Rae_vallavalitsus, lk 73
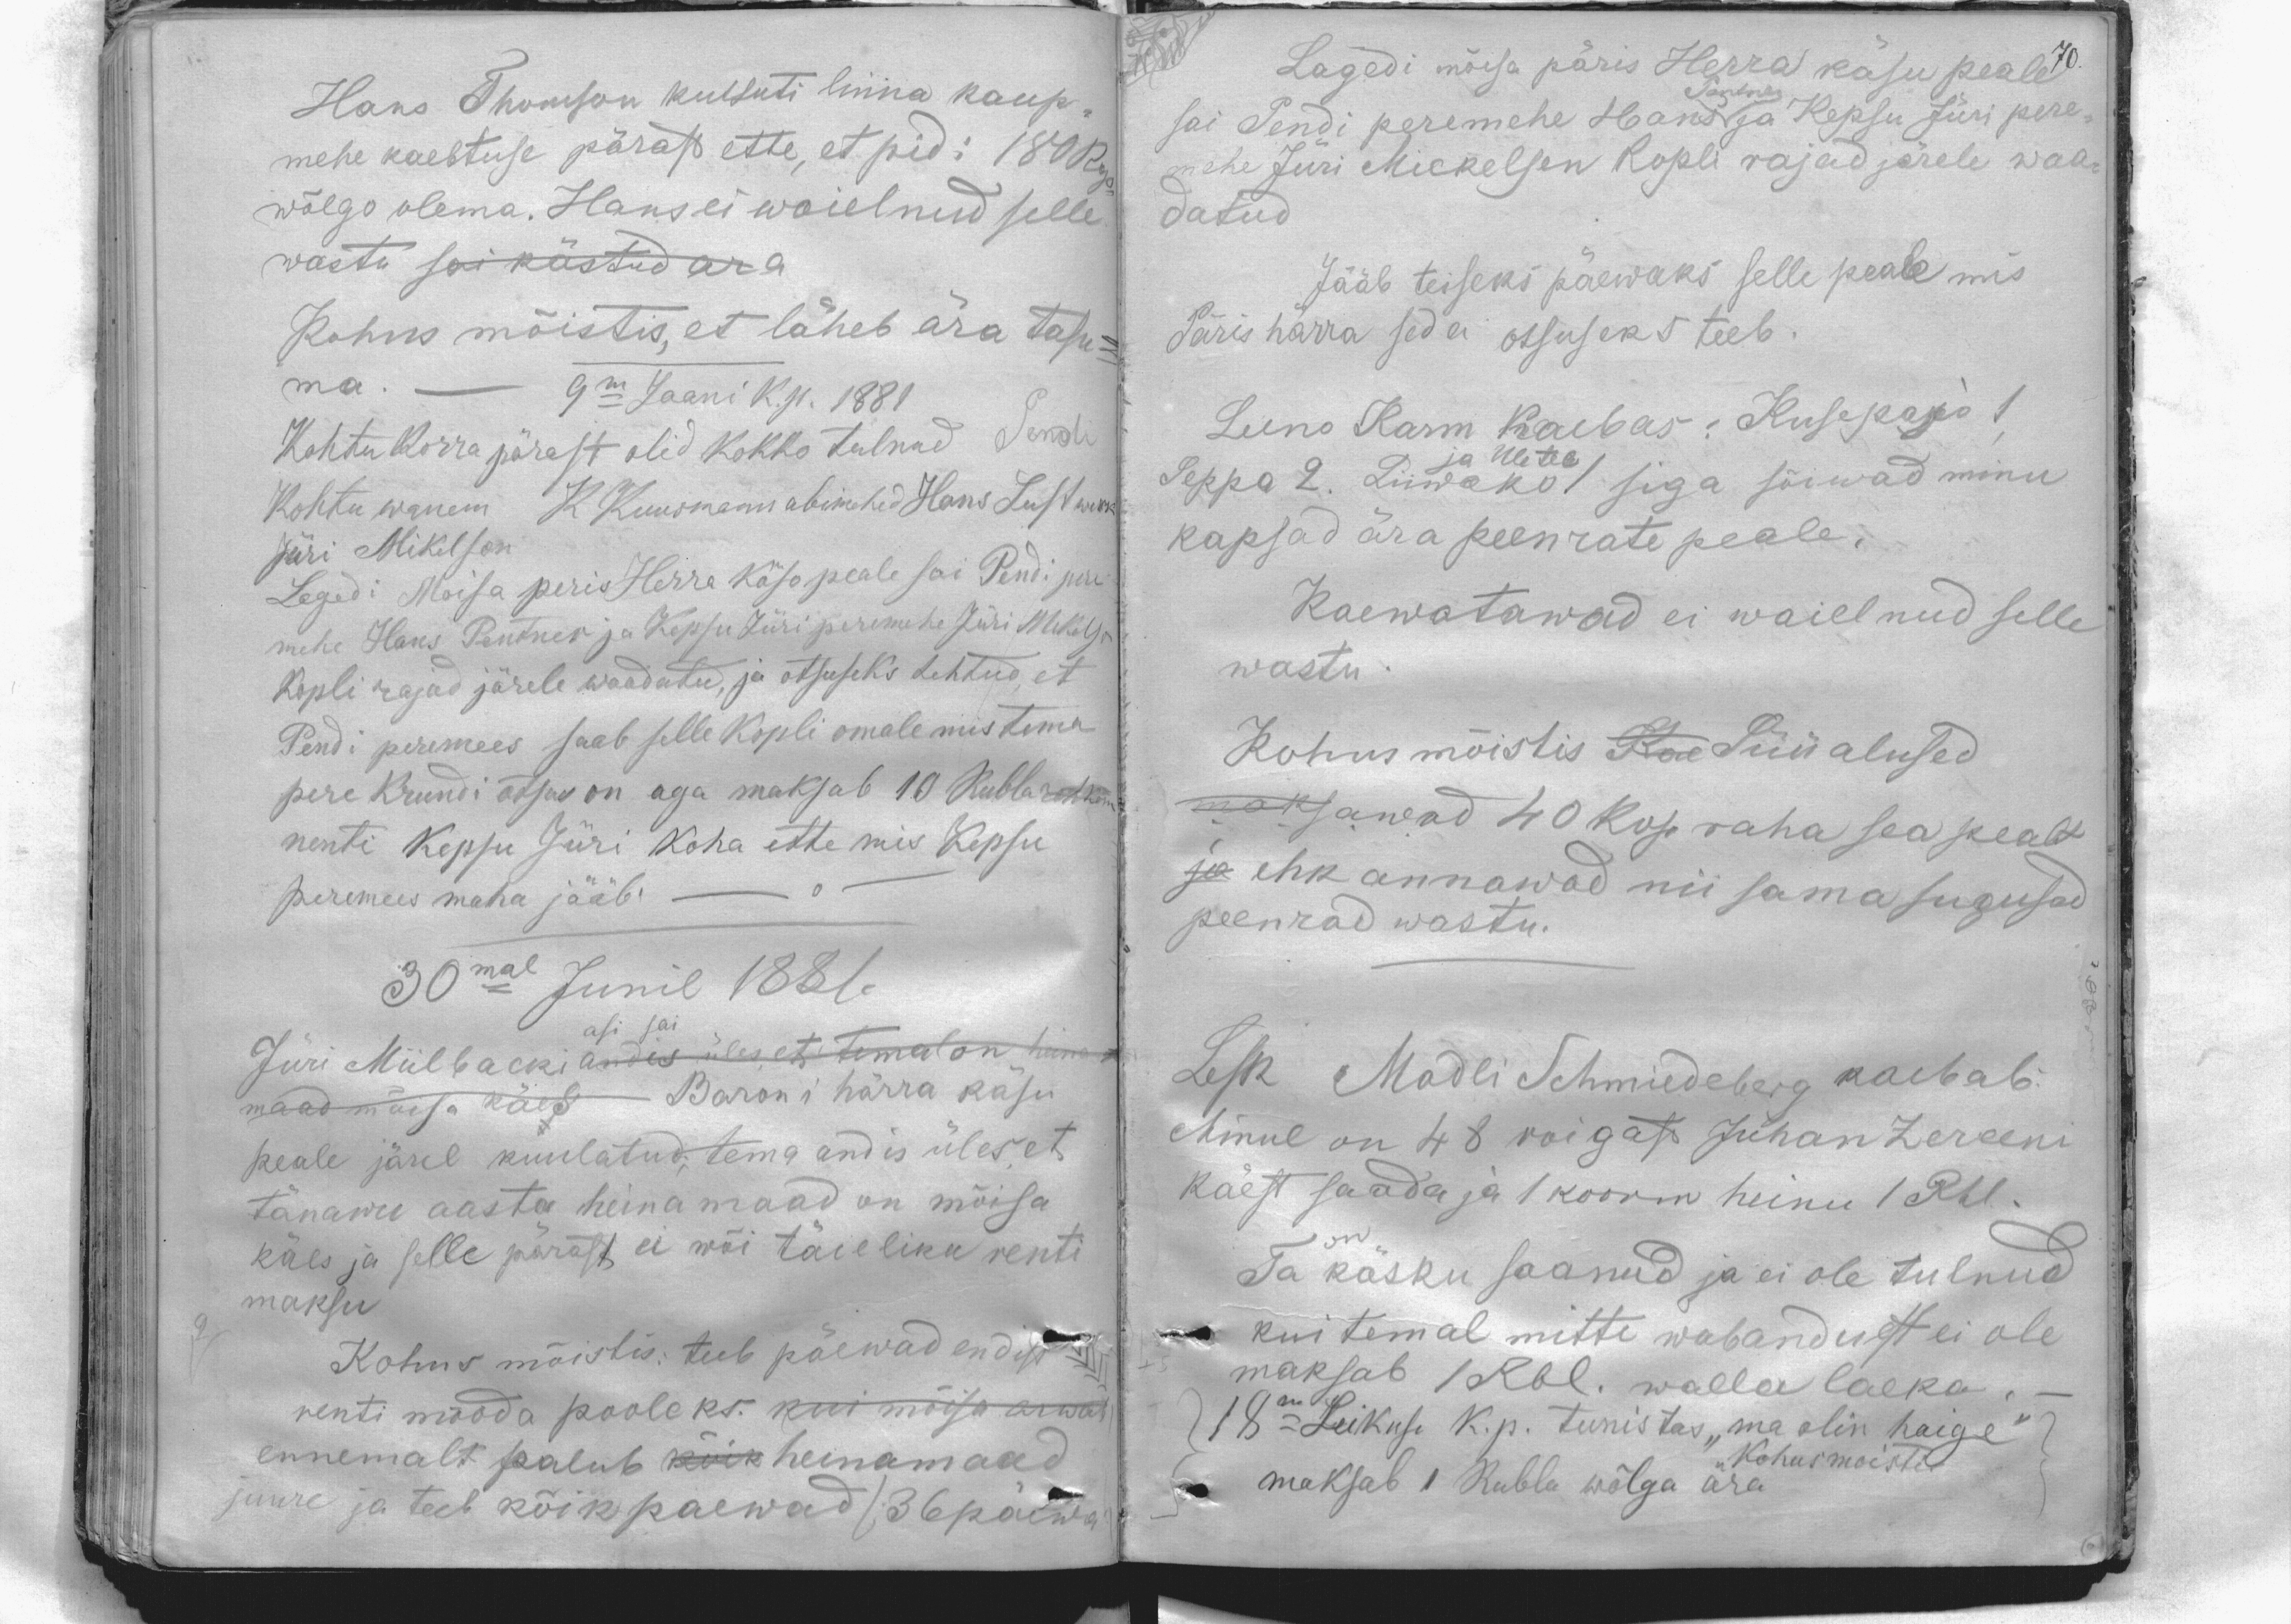
Hans Thomson kulsuti linna kaup-
mehe kaebtuse pärast ette, et pidi 180 kop.
wõlgo olema. Hans ei waielnud selle
wastu sai kästud ara
Kohus mõistis, et läheb ära tasu-
ma
9m Jaani k.p. 1881
Kohtu korra pärast olid kokko tulnud Pendi
Kohtu wanem K Kuusmann abimehed Hans Lustwerk
Jüri Mikelsen
Lagedi Moisa peris Herra käso peale sai Pendi pere-
mehe Hans Pentner ja Kepsu Jüri peremehe Jüri Mikelson
kopli rajad järele waadatud, ja otsuseks tehtud, et
Pendi peremees saab selle kopli omale mis tema
pere krundi otsas on aga maksab 10 Rubla rohkem
renti Kepsu Jüri koha ette mis Kepsu
peremees maha jääb.
30mal Junil 1881.
Jüri Miilbacki andis üles, et temal on heina
asi sai
maad mõisa käes Baroni härra käsu
peale järel kuulatud, tema andis üles, et
tanawu aasta heinamaad on mõisa
käes ja selle pärast ei wõi täieliku renti
maksu
Kohus mõistis: teeb päewad endist
renti mooda pooleks. kui mõisa arwas
ennemalt palub kõik heinamaad
juure ja teeb kõik paewad /.36 päewa

Lagedi mõisa päris Herra käsu peale 70.
sai Pendi peremehe Hans Pentner ja Kepsu Jüri pere-
mehe Jüri Mickelsen kopli rajad järele waa-
datud
Jääb teiseks päewaks selle peale mis
Päris härra seda otsuseks teeb.
Leeno Karm kaebas: Kusepajo 1
ja Ule tee
Seppa 2. Liiwako / siga sõiwad minu
kapsad ära peenrate peale.
Kaewatawad ei waielnud selle
wastu
Kohus mõistis Kae Süüalused
maksawad 40 kop raha sea pealt
ja ehk annawad nii sama sugused
peenrad wastu.
Lesk Madli Schmiedeberg kaebab:
Minul on 48 roigast Juhan Zereeni
käest saada ja 1 koorm heinu 1 Rbl.
Ta on käsku saanud ja ei ole tulnud
kui temal mitte wabandust ei ole
maksab 1 Rbl. walla laeka.-
18ne Leikuse k.p. tunistas "ma olin haige"
maksab 1 Rubla wõlga ära
Kohus moistis